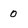
Character: 0